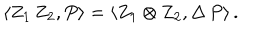
LaTeX: \langle Z _ { 1 } \, Z _ { 2 } , P \rangle = \langle Z _ { 1 } \otimes Z _ { 2 } , \Delta \, P \rangle \, .